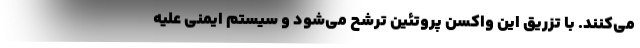
می‌کنند. با تزریق این واکسن پروتئین ترشح می‌شود و سیستم ایمنی علیه